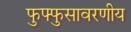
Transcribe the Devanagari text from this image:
फुफ्फुसावरणीय